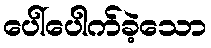
ပေါ်ပေါက်ခဲ့သော